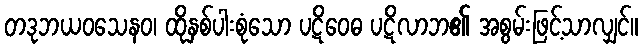
တဒုဘယဝသေနဝ၊ ထိုနှစ်ပါးစုံသော ပဋိဝေဓ ပဋိလာဘ၏ အစွမ်းဖြင့်သာလျှင်။